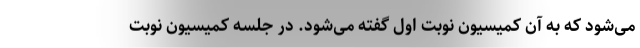
می‌شود که به آن کمیسیون نوبت اول گفته می‌شود. در جلسه کمیسیون نوبت